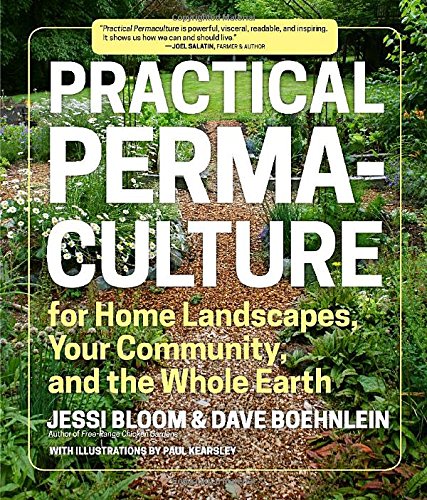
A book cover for Practical Permaculture for Home Landscapes, Your Community, and the Whole Earth; Jessi Bloom; Crafts, Hobbies & Home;